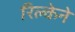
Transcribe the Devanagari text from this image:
रिल्केने